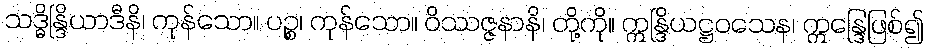
သဒ္ဓိန္ဒြိယာဒီနိ၊ ကုန်သော။ ပဉ္စ၊ ကုန်သော။ ဝိဿဇ္ဇနာနိ၊ တို့ကို။ ဣန္ဒြိယဋ္ဌဝသေန၊ ဣန္ဒြေဖြစ်၍